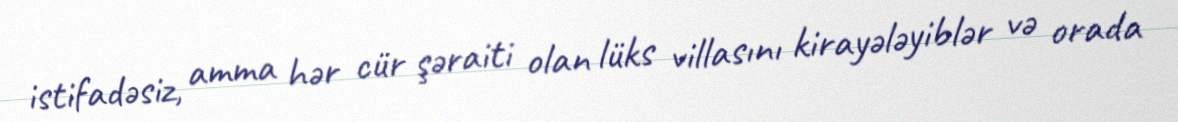
istifadəsiz, amma hər cür şəraiti olan lüks villasını kirayələyiblər və orada